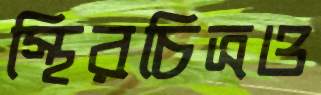
স্থিরচিত্রও